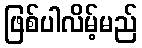
ဖြစ်ပါလိမ့်မည်